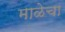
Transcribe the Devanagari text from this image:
माळेचा